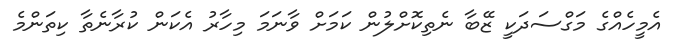
އެމީހެއްގެ މަގްސަދަކީ ޒޭބާ ނެތިކޮށްލުން ކަމަށް ވާނަމަ މިހާރު އެކަން ކުރާނެތާ ކިތަންމެ